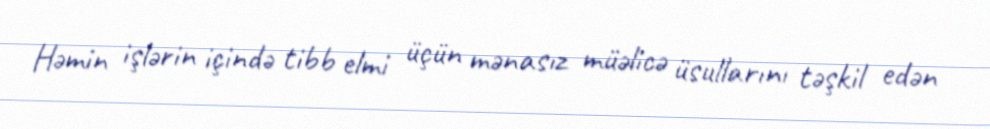
Həmin işlərin içində tibb elmi üçün mənasız müəlicə üsullarını təşkil edən